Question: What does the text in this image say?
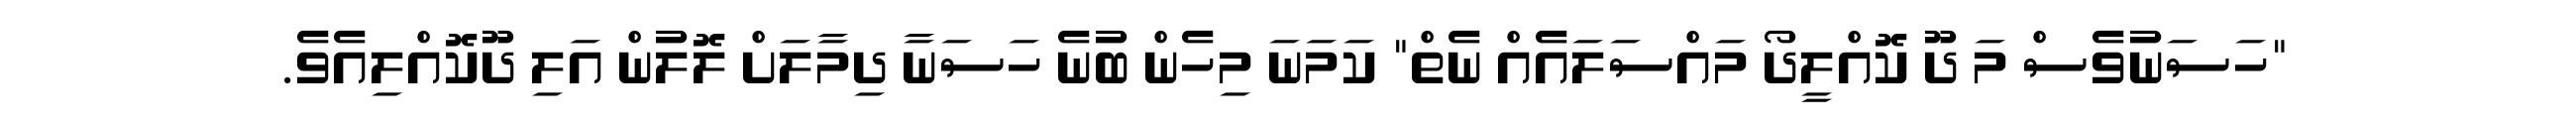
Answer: "ހަސަނުވެސް މަ ދޫ ކޮއްލީދޯ މައްސަލައެއް ނެތް" ކަމަނަ މިހެން ބުނެ ހަސަނާ ދިމާލަށް ލޮލުން އަލި ދޫކޮއްލިއެވެ.